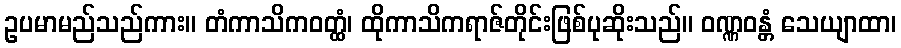
ဥပမာမည်သည်ကား။ တံကာသိကဝတ္ထံ၊ ထိုကာသိကရာဇ်တိုင်းဖြစ်ပုဆိုးသည်။ ဝဏ္ဏဝန္တံ သေယျာထာ၊